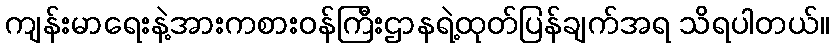
ကျန်းမာရေးနဲ့အားကစားဝန်ကြီးဌာနရဲ့ထုတ်ပြန်ချက်အရ သိရပါတယ်။